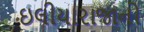
ઇલીયારાજાનો